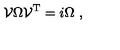
{ \cal V } \Omega { \cal V } ^ { \mathrm { T } } = i \Omega \ ,